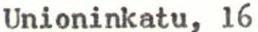
Unioninkatu, 16